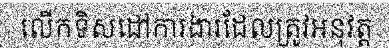
លើកទិសដៅការងារដែលត្រូវអនុវត្ត